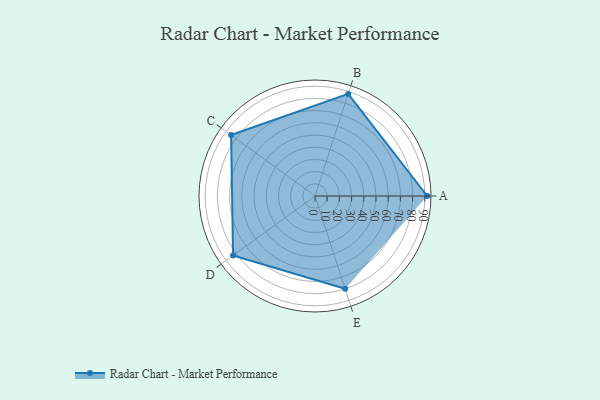
{"axis": {"x": "Skill", "y": "Score"}, "legend": ["Profile"], "data": [{"x": "A", "y": 92.0, "type": "Profile"}, {"x": "B", "y": 88.0, "type": "Profile"}, {"x": "C", "y": 85.0, "type": "Profile"}, {"x": "D", "y": 83.0, "type": "Profile"}, {"x": "E", "y": 80.0, "type": "Profile"}]}